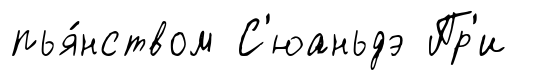
пья́нством С'юаньдэ Пр'и